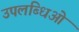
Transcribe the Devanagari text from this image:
उपलब्धिओं